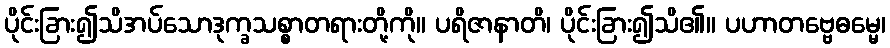
ပိုင်းခြား၍သိအပ်သောဒုက္ခသစ္စာတရားတို့ကို။ ပရိဇာနာတိ၊ ပိုင်းခြား၍သိ၏။ ပဟာတဗ္ဗေဓမ္မေ၊